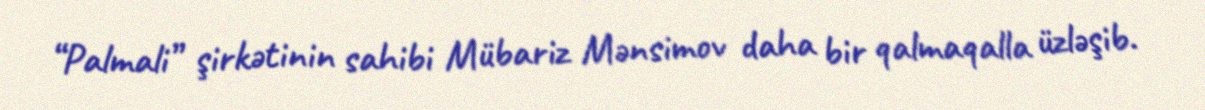
“Palmali” şirkətinin sahibi Mübariz Mənsimov daha bir qalmaqalla üzləşib.